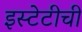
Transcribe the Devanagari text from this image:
इस्टेटीची